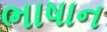
ભાષાન